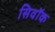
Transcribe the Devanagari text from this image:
सिवॉक